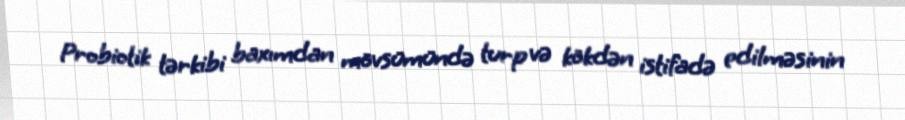
Probiotik tərkibi baxımdan mövsümündə turp və kökdən istifadə edilməsinin